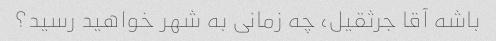
باشه آقا جرثقیل، چه زمانی به شهر خواهید رسید؟